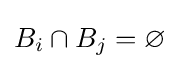
B_{i}\cap B_{j}=\varnothing